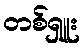
တစ်ရှူး